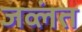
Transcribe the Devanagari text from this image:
जव्लंत